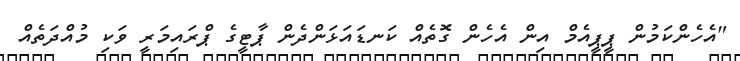
"އެހެންކަމުން ޕީޕީއެމް އިން އެހެން ގޮތެއް ކަނޑައަޅަންދެން ޕާޓީގެ ޕްރައިމަރީ ވަކި މުއްދަތެއް